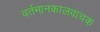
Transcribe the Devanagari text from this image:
वर्तमानकालवाचक